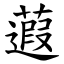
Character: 蕸